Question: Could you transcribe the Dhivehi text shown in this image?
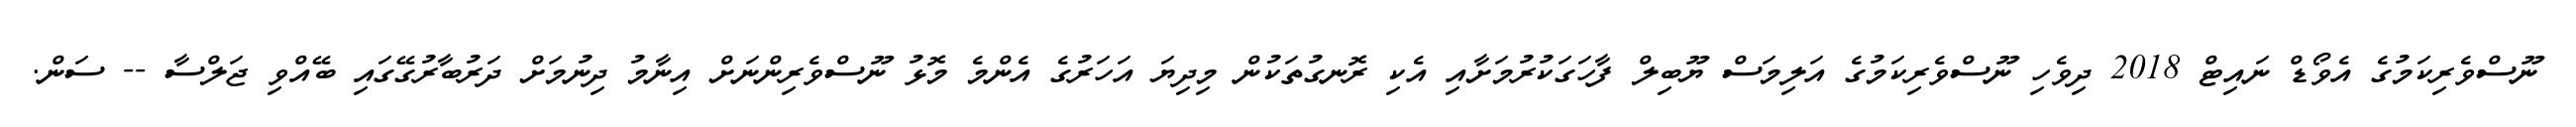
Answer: ނޫސްވެރިކަމުގެ އެވޯޑް ނައިޓް 2018 ދިވެހި ނޫސްވެރިކަމުގެ އަލިމަސް ޔޫބިލް ފާހަގަކުރުމަށާއި އެކި ރޮނގުތަކުން މިދިޔަ އަހަރުގެ އެންމެ މޮޅު ނޫސްވެރިންނަށް އިނާމު ދިނުމަށް ދަރުބާރުގޭގައި ބޭއްވި ޖަލްސާ -- ސަން.